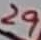
Text: 29